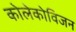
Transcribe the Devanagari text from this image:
कोलेकोविजन